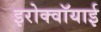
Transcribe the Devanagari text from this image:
इरोक्वॉयाई